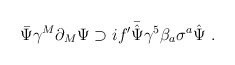
\begin{align*}\bar{\Psi}\gamma^M\partial_M\Psi\supset if'\bar{\hat{\Psi}}\gamma^5\beta_a\sigma^a\hat{\Psi} \ .\end{align*}